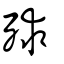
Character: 殏